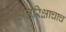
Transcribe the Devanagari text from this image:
अंतरिक्षाचाच